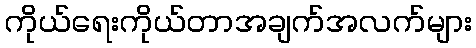
ကိုယ်ရေးကိုယ်တာအချက်အလက်များ